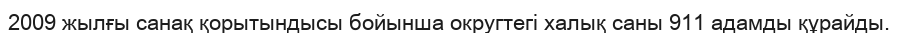
2009 жылғы санақ қорытындысы бойынша округтегі халық саны 911 адамды құрайды.